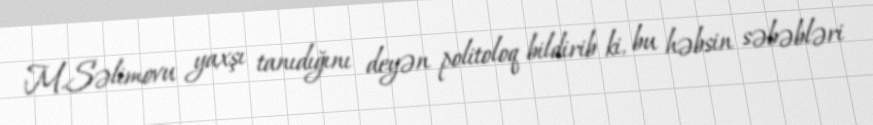
M.Səlimovu yaxşı tanıdığını deyən politoloq bildirib ki, bu həbsin səbəbləri